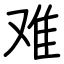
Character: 难